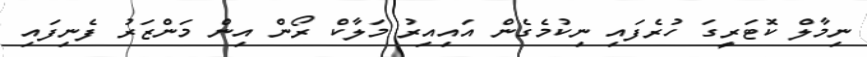
ނިމާލް ކޮޓަރީގަ ހުރެފައި ނިކުމެގެން އައިއިރު މަލާކް ރޯން އިން މަންޒަރު ފެނިފައި